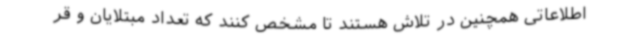
اطلاعاتی همچنین در تلاش هستند تا مشخص کنند که تعداد مبتلایان و قر